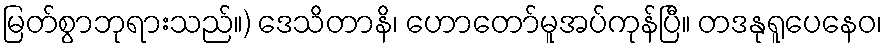
မြတ်စွာဘုရားသည်။) ဒေသိတာနိ၊ ဟောတော်မူအပ်ကုန်ပြီ။ တဒနုရူပေနေဝ၊